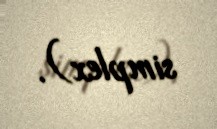
simplex).